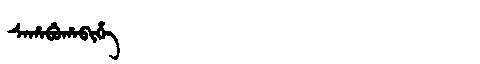
Manchu: ᠰᠠᡥᠠᠪᡠᡥᠠᠪᡳᡥᡝ
Romanization: SAHABUHABIHE